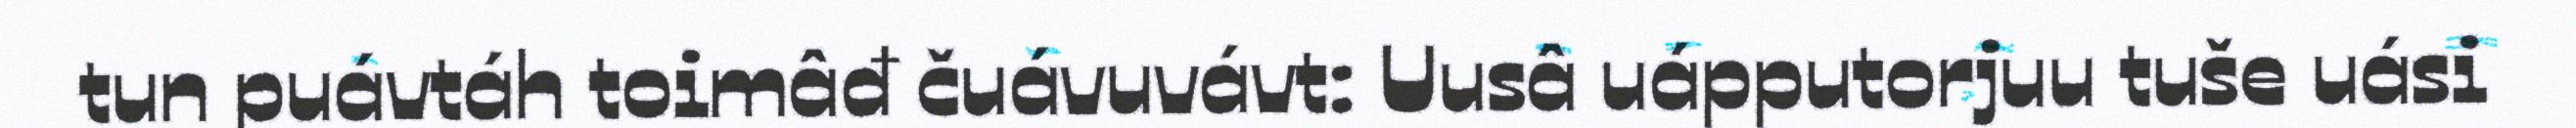
tun puávtáh toimâđ čuávuvávt: Uusâ uápputorjuu tuše uási